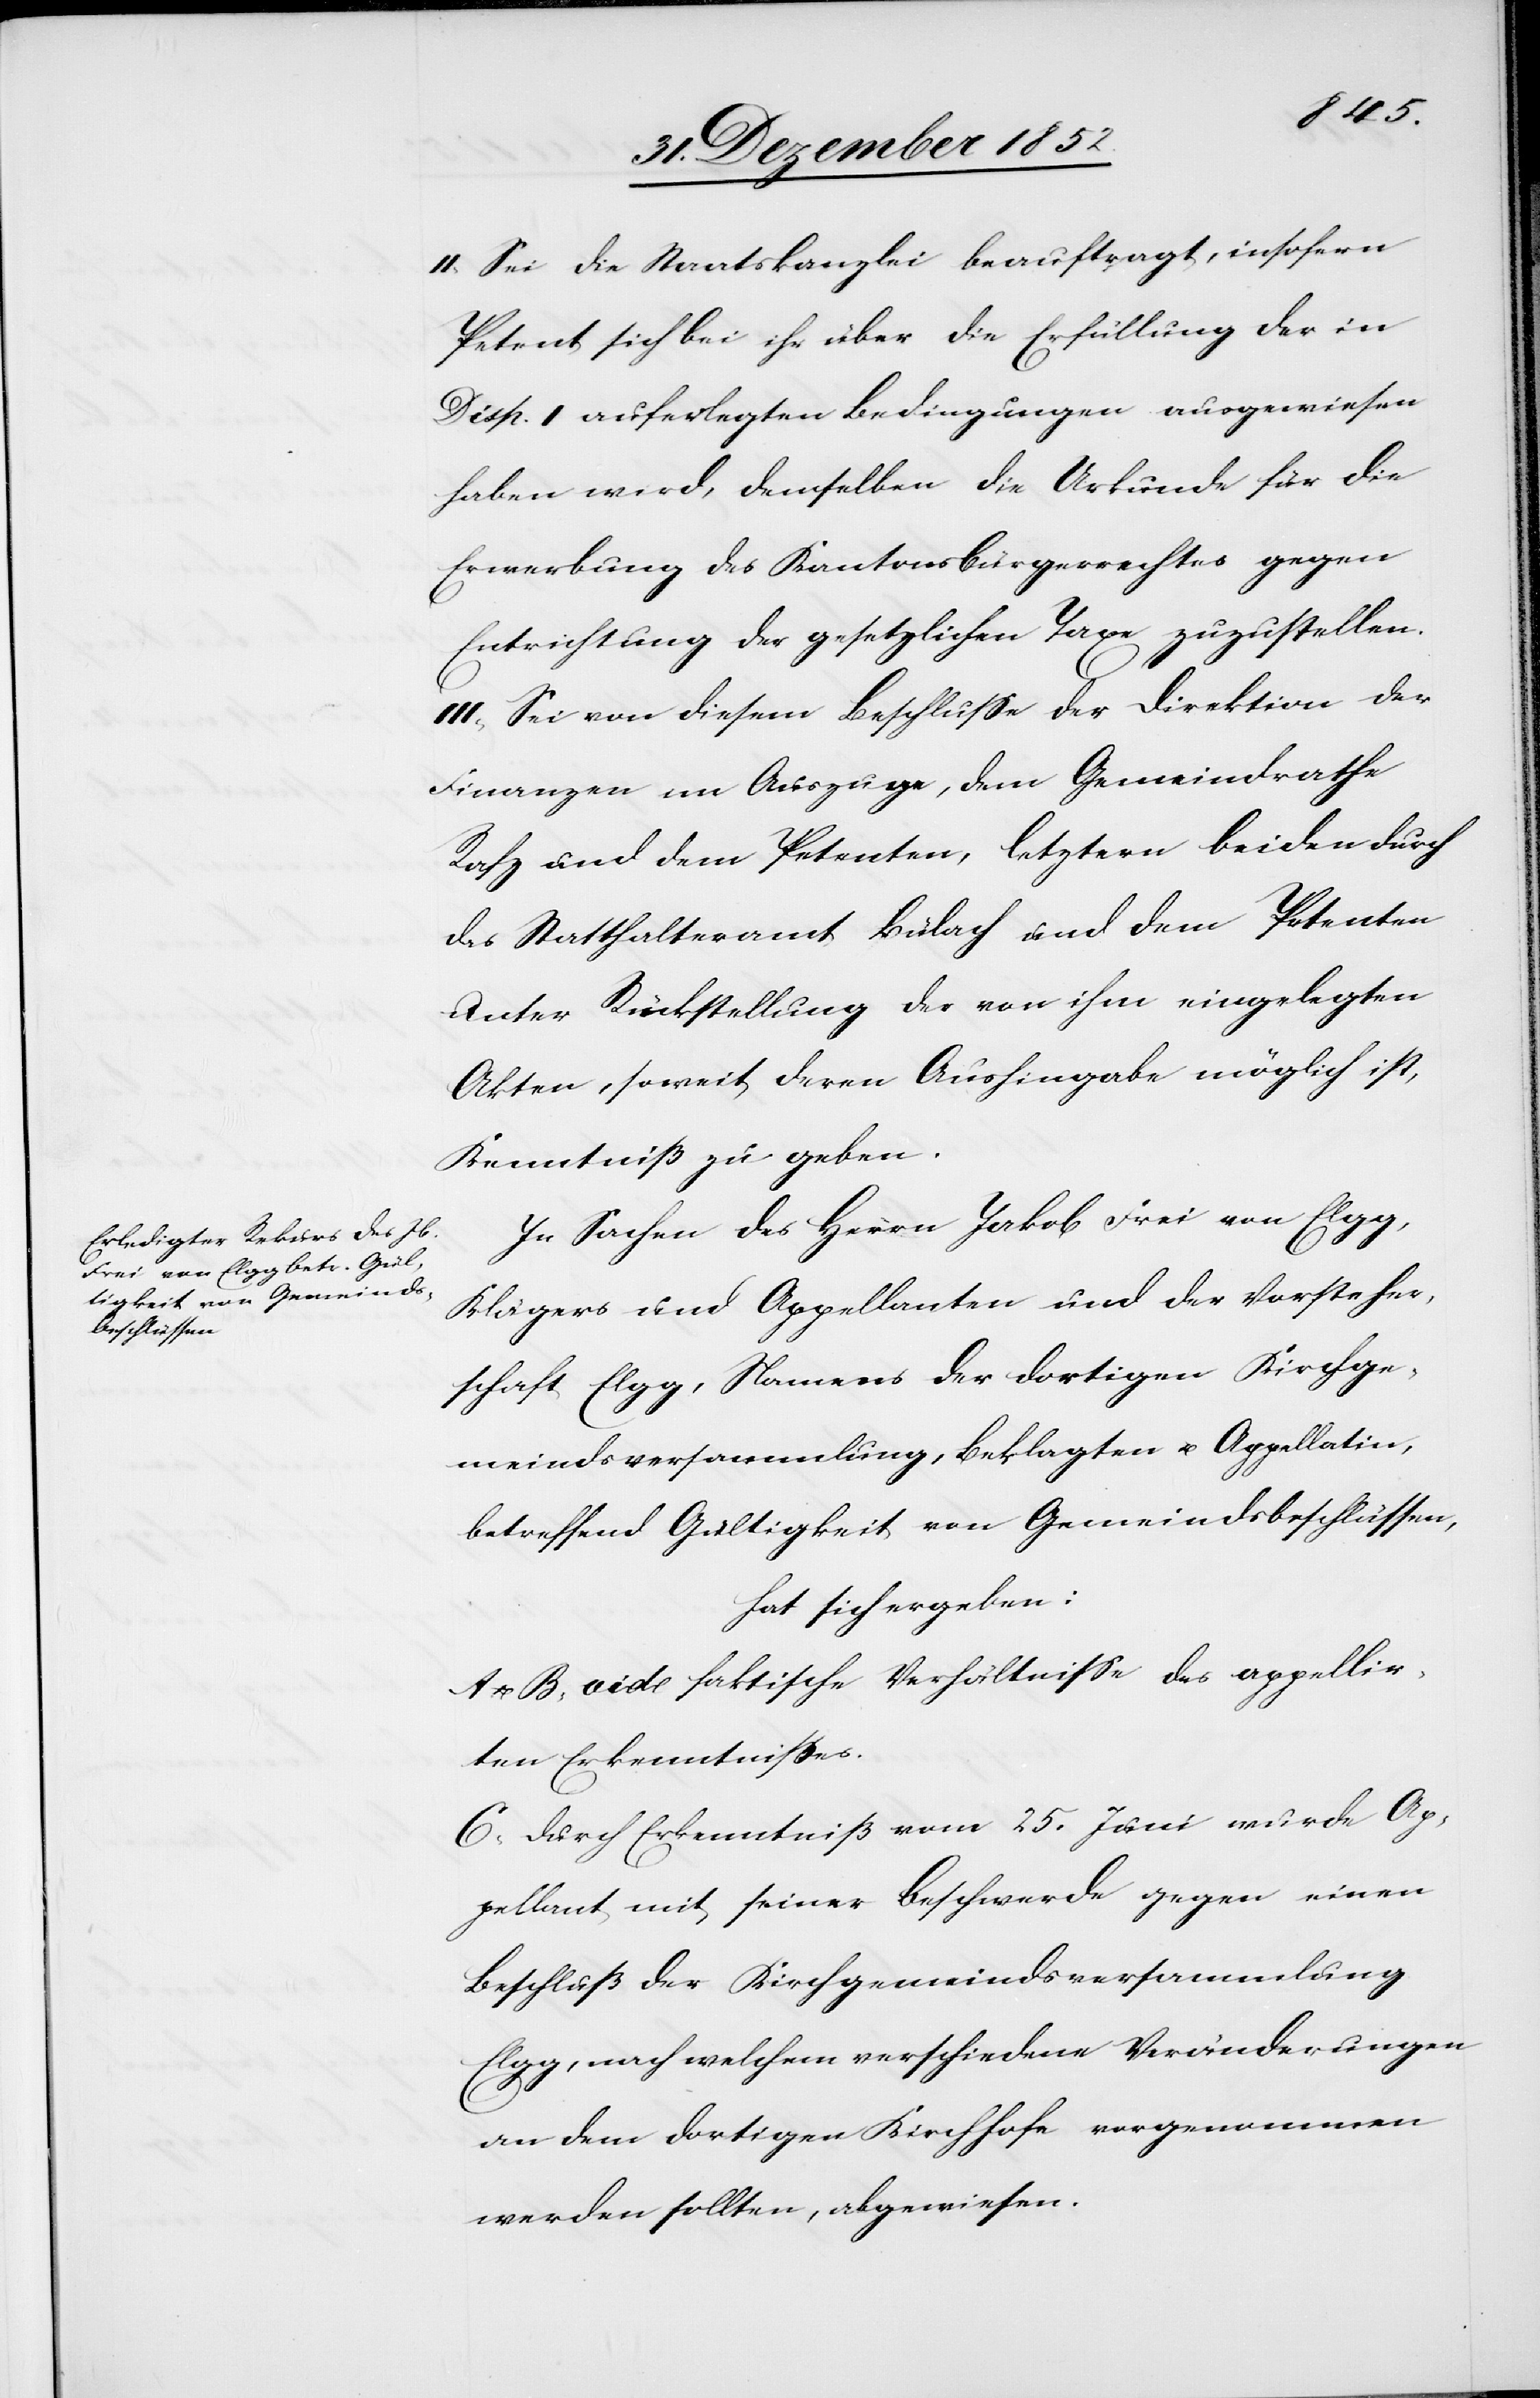
II, Sei die Staatskanzlei beauftragt, insofern
Petent sich bei ihr über die Erfüllung der in
Disp. I auferlegten Bedingungen ausgewiesen
haben wird, demselben die Urkunde für die
Erwerbung des Kantonsbürgerrechtes gegen
Entrichtung der gesetzlichen Taxe zuzustellen.
III, Sei von diesem Beschlusse der Direktion der
Finanzen im Auszuge, dem Gemeindrathe
Rafz und dem Petenten, letztern beiden durch
das Statthalteramt Bülach und dem Petenten
unter Rückstellung der von ihm eingelegten
Akten, soweit deren Aushingabe möglich ist,
Kenntniß zu geben.
In Sachen des Herrn Jakob Frei von Elgg,
Klägers und Appellanten und der Vorsteher¬
schaft Elgg, Namens der dortigen Kirchge¬
meindsversammlung, Beklagten u. Appellatin,
betreffend Gültigkeit von Gemeindsbeschlüssen,
hat sich ergeben:
u. B, vide faktische Verhältnisse des appellir¬
ten Erkenntnisses.
C, Durch Erkenntniß vom 25. Juni wurde Ap¬
pellant mit seiner Beschwerde gegen einen
Beschluß der Kirchgemeindsversammlung
Elgg, nach welchem verschiedene Veränderungen
an dem dortigen Kirchhofe vorgenommen
werden sollten, abgewiesen.